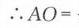
$\therefore AO =$